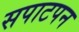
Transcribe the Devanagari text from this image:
सपाटपन